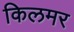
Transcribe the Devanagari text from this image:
किलमर